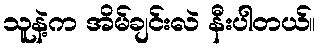
သူနဲ့က အိမ်ချင်းလဲ နီးပါတယ်။